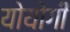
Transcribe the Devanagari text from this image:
योयोगी